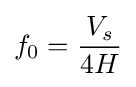
f_{0}={\frac {V_{s}}{4H}}